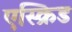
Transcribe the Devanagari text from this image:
एस्क्रिड